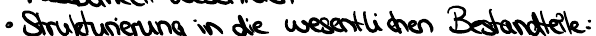
Strukturierung in die wesentlichen Bestandteile